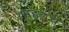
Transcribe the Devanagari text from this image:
महडचे